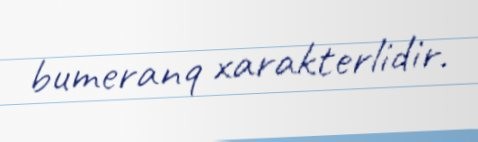
bumeranq xarakterlidir.